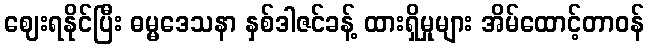
ဈေးရနိုင်ပြီး ဓမ္မဒေသနာ နှစ်ဒါဇင်ခန့် ထားရှိမှုများ အိမ်ထောင့်တာဝန်